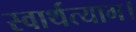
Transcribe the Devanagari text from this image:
स्वार्थत्याग।